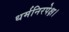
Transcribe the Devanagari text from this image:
धर्मनिरपेक्ष।